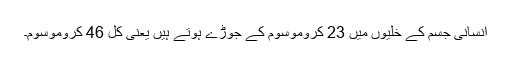
انسانی جسم کے خلیوں میں 23 کروموسوم کے جوڑے ہوتے ہیں یعنی کل 46 کروموسوم۔